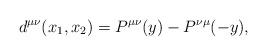
LaTeX: \begin{align*}d^{\mu\nu}(x_1,x_2)=P^{\mu\nu}(y)-P^{\nu\mu}(-y),\end{align*}